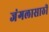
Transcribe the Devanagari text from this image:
जंगलासाठी